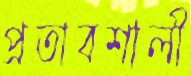
প্রতাবশালী